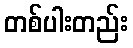
တစ်ပါးတည်း